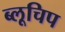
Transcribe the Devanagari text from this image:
ब्लूचिप